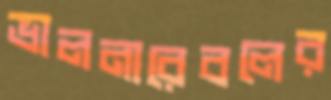
ভালনারেবলের